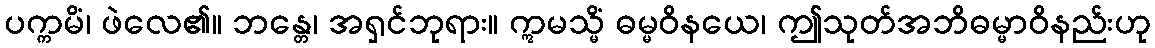
ပက္ကမိံ၊ ဖဲလေ၏။ ဘန္တေ၊ အရှင်ဘုရား။ ဣမသ္မိံ ဓမ္မဝိနယေ၊ ဤသုတ်အဘိဓမ္မာဝိနည်းဟု